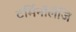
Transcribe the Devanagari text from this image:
टर्मिनॉलॅजि